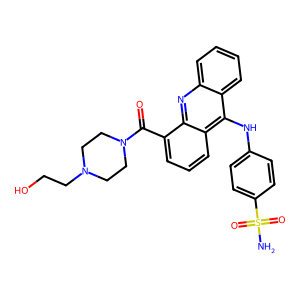
SMILES: NS(=O)(=O)c1ccc(Nc2c3ccccc3nc3c(C(=O)N4CCN(CCO)CC4)cccc23)cc1
Inhibits HIV replication: No